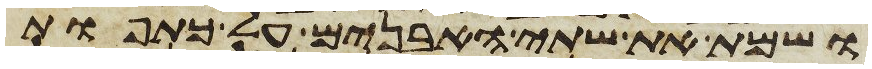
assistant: ושמת את שתי האבנים על כתפות